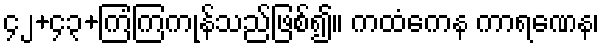
၄၂+၄၃+ကြံကြကုန်သည်ဖြစ်၍။ ကထံကေန ကာရဏေန၊